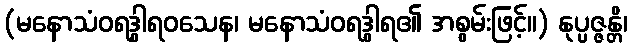
(မနောသံဝရဒွါရဝသေန၊ မနောသံဝရဒွါရ၏ အစွမ်းဖြင့်။) နုပ္ပဇ္ဇန္တိ၊